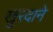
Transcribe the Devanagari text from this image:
खुरदाने